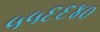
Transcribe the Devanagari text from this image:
५५६६४०